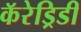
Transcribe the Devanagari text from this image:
कॅरेड्रिडी